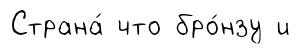
Страна́ что бро́нзу и